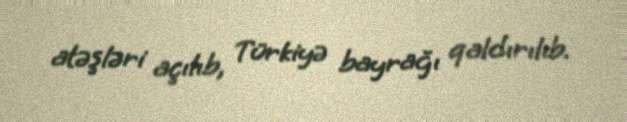
atəşləri açılıb, Türkiyə bayrağı qaldırılıb.